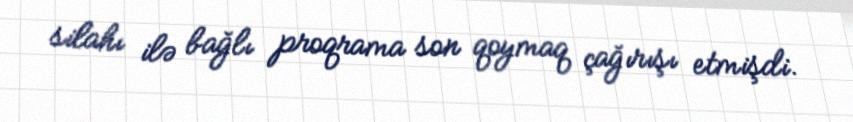
silahı ilə bağlı proqrama son qoymaq çağırışı etmişdi.